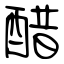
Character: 醋